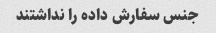
جنس سفارش داده را نداشتند